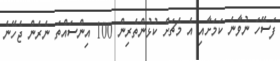
ފަސޭހަ ނުވާނެ ކަމަށާއި އެ މެޗަށް ކުޅުންތެރިން 100 އިންސައްތަ ނެރެން ޖެހޭނެ